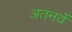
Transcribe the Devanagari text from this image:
अतनवें